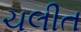
ચલીત